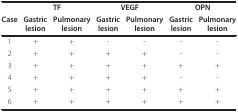
|  | <COLSPAN=2> TF | <COLSPAN=2> VEGF | <COLSPAN=2> OPN |
 | Case | Gastriclesion | Pulmonarylesion | Gastriclesion | Pulmonarylesion | Gastriclesion | Pulmonarylesion |
 | --- | --- | --- | --- | --- | --- | --- |
 | 1 | + | + | - | - | - | - |
 | 2 | + | + | + | + | - | - |
 | 3 | + | + | + | + | + | + |
 | 4 | + | + | + | + | - | - |
 | 5 | + | + | + | + | + | + |
 | 6 | + | + | + | + | + | + |